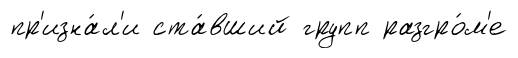
пр'изна́л'и ста́вший групп разгро́м'е